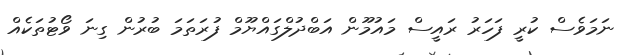
ނަމަވެސް ކުރީ ފަހަރު ރައީސް މައުމޫން އަބްދުލްގައްޔޫމް ފުރަތަމަ ބުރުން ގިނަ ވޯޓުތަކެއް